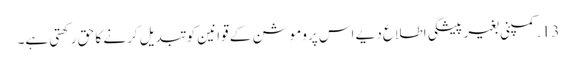
13. کمپنی بغیر پیشگی اطلاع دیے اس پروموشن کے قوانین کو تبدیل کرنے کا حق رکھتی ہے۔